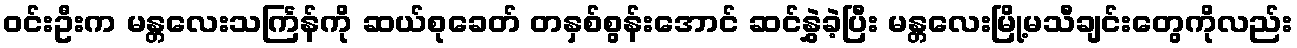
ဝင်းဦးက မန္တလေးသင်္ကြန်ကို ဆယ်စုခေတ် တနှစ်စွန်းအောင် ဆင်နွှဲခဲ့ပြီး မန္တလေးမြို့မသီချင်းတွေကိုလည်း